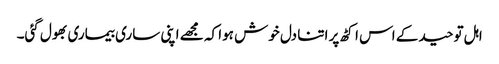
اہل توحید کے اس اکٹھ پر اتنا دل خوش ہوا کہ مجھے اپنی ساری بیماری بھول گئی۔